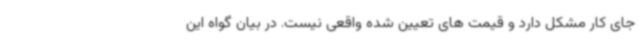
جای کار مشکل دارد و قیمت های تعیین شده واقعی نیست. در بیان گواه این